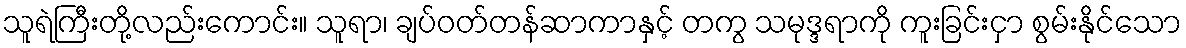
သူရဲကြီးတို့လည်းကောင်း။ သူရာ၊ ချပ်ဝတ်တန်ဆာကာနှင့် တကွ သမုဒ္ဒရာကို ကူးခြင်းငှာ စွမ်းနိုင်သော